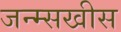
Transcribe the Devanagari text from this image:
जन्म्सखीस